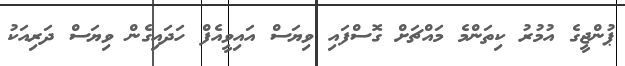
ޕުންޖީގެ އުމުރު ކިތަންމެ މައްޗަށް ގޮސްފައި ވިޔަސް އައިވީއެފް ހަދައިގެން ވިޔަސް ދަރިއަކު